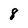
Character: 8